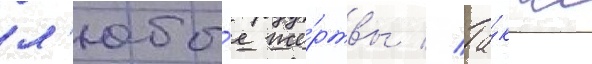
л'юбы́е же́ртвы // Та́кже